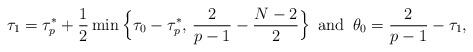
LaTeX: \begin{align*}\tau_{1}= \tau_p^*+\frac12\min\Big\{\tau_0-\tau_p^*,\, \frac{2}{p-1}-\frac{N-2}2\Big\} \ \, {\rm and}\ \, \theta_0=\frac{2}{p-1}-\tau_1,\end{align*}